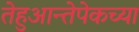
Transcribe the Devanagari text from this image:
तेहुआन्तेपेकच्या